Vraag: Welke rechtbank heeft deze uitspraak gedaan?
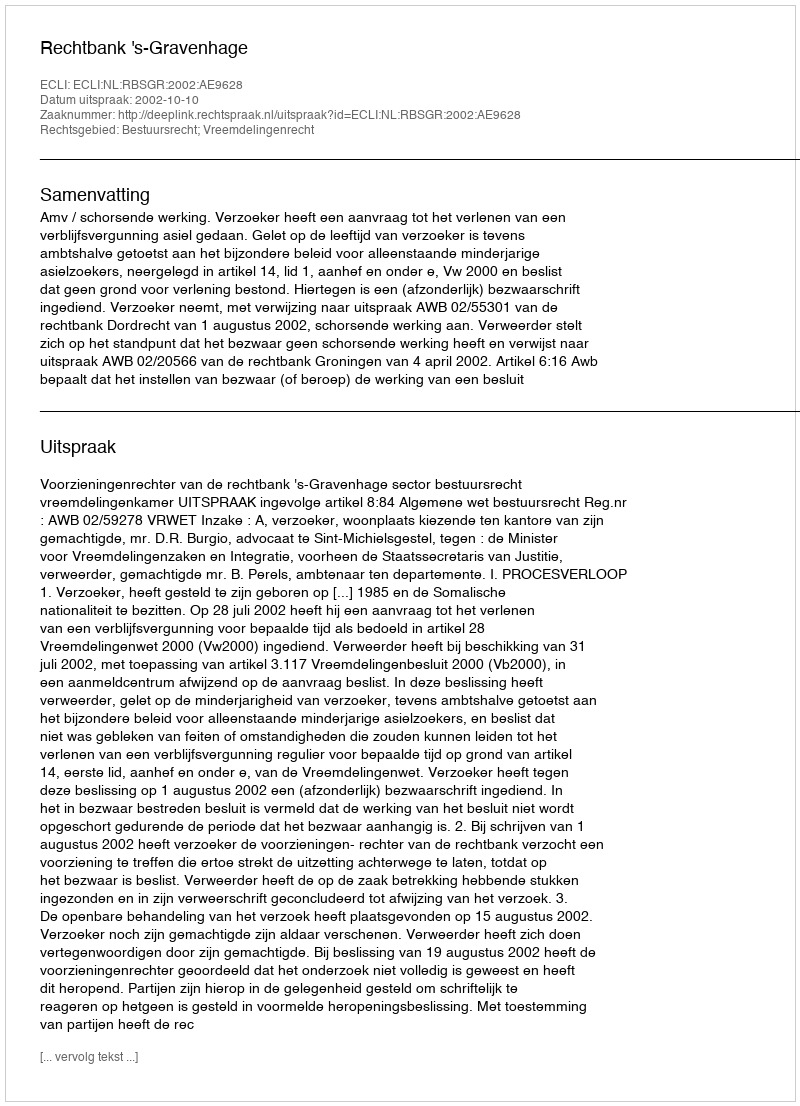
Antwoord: Rechtbank 's-Gravenhage